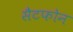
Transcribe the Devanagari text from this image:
सैटफोन